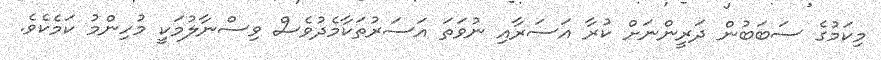
މިކަމުގެ ސަބަބުން ދަރީންނަށް ކުރާ އަސަރާއި ނުވަތަ އަސަރުތަކާމެދުވެސް ވިސްނާލުމަކީ މުހިންމު ކަމެކެވެ.